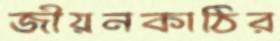
জীয়নকাঠির